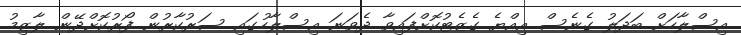
އިސްލާހަށް ބަދަލު ގެނެސް އިއްޔެ ގެޒެޓުކޮށްފައިވާ ދެވަނަ އިސްލާހުގައި ސަރުކާރުން ފޯރުކޮށްދޭން ލާޒިމު